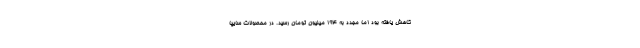
کاهش یافته بود اما مجدد به ۱۹۴ میلیون تومان رسید. در محصولات سایپا